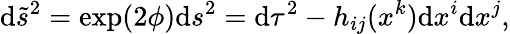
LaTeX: \mathrm{d}\tilde{{s}}^{2}=\exp(2\phi)\mathrm{d}s^{2}=\mathrm{d}\tau^{2}-h_{ij}(x^{k})\mathrm{d}x^{i}\mathrm{d}x^{j},